Annual report on the mental hospital in the Central Provinces and Berar (Nagpur) - 1927-1951
Year: 1927
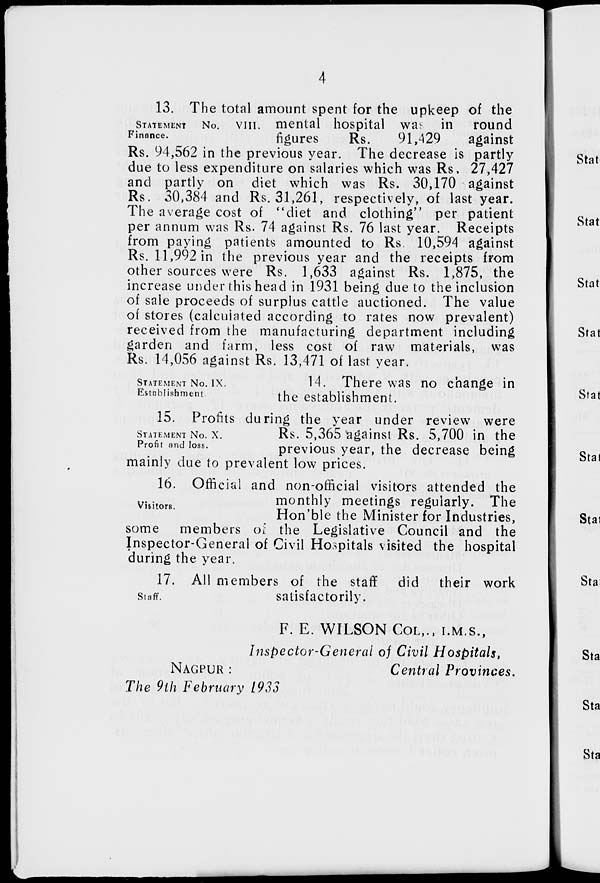
4
STATEMENT No.
VIII.
Finance.
13. The total amount spent for the upkeep of the
mental hospital was in round
figures
Rs.
91,429
against
Rs. 94,562 in the previous year. The decrease is partly
due to less expenditure on salaries which was Rs. 27,427
and partly on diet which was Rs. 30,170 against
Rs. 30,384 and Rs. 31,261, respectively, of last year.
The average cost of "diet and clothing" per patient
per annum was Rs. 74 against Rs. 76 last year. Receipts
from paying patients amounted to Rs. 10,594 against
Rs. 11,992 in the previous year and the receipts from
other sources were Rs. 1,633 against Rs. 1,875, the
increase under this head in 1931 being due to the inclusion
of sale proceeds of surplus cattle auctioned. The value
of stores (calculated according to rates now prevalent)
received from the manufacturing department including
garden and farm, less cost of raw materials, was
Rs. 14,056 against Rs. 13,471 of last year.
STATEMENT No. IX.
Establishment
14. There was no change in
the establishment.
STATEMENT No. X.
Profit and loss.
15. Profits during the year under review were
Rs. 5,365 against Rs. 5,700 in the
previous year, the decrease being
mainly due to prevalent low prices.
Visitors.
16. Official and non-official visitors attended the
monthly meetings regularly. The
Hon'ble the Minister for Industries,
some members of the Legislative Council and the
Inspector-General of Civil Hospitals visited the hospital
during the year.
Staff.
17. All members of the staff
did their work
satisfactorily.
F. E. WILSON COL., I.M.S.,
Inspector-General of Civil Hospitals,
Central Provinces.
NAGPUR :
The 9th February 1933